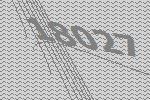
18027